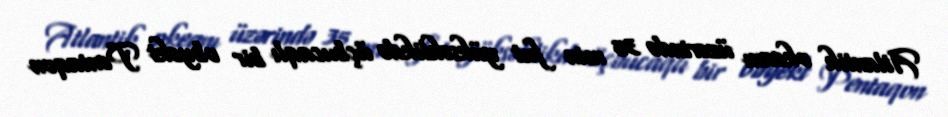
Atlantik okeanı üzərində 35 min fut yüksəklikdə üçbucaqlı bir obyekt Pentaqon